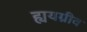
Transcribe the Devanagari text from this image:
ह्ययग्रीव